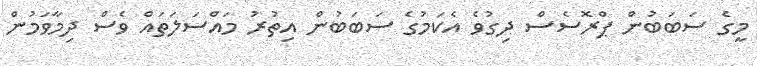
މީގެ ސަބަބުން ޕްރޮސެސް ދިގުވެ އެކަމުގެ ސަބަބުން އިތުރު މައްސަލަތައް ވެސް ދިމާވަމުން